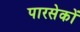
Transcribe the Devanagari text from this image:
पारसेकों